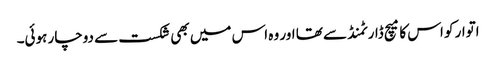
اتوار کو اس کا میچ ڈارٹمنڈ سے تھا اور وہ اس میں بھی شکست سے دوچار ہوئی۔